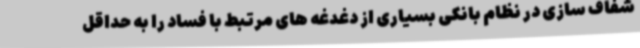
شفاف سازی در نظام بانکی بسیاری از دغدغه های مرتبط با فساد را به حداقل